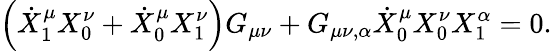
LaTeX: \left(\dot{X}_{1}^{\mu}X_{0}^{\nu}+\dot{X}_{0}^{\mu}X_{1}^{\nu}\right)G_{\mu\nu}+G_{\mu\nu,\alpha}\dot{X}_{0}^{\mu}X_{0}^{\nu}X_{1}^{\alpha}=0.